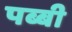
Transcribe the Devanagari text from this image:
पब्बी